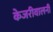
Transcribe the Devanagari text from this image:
केजरीवालनी